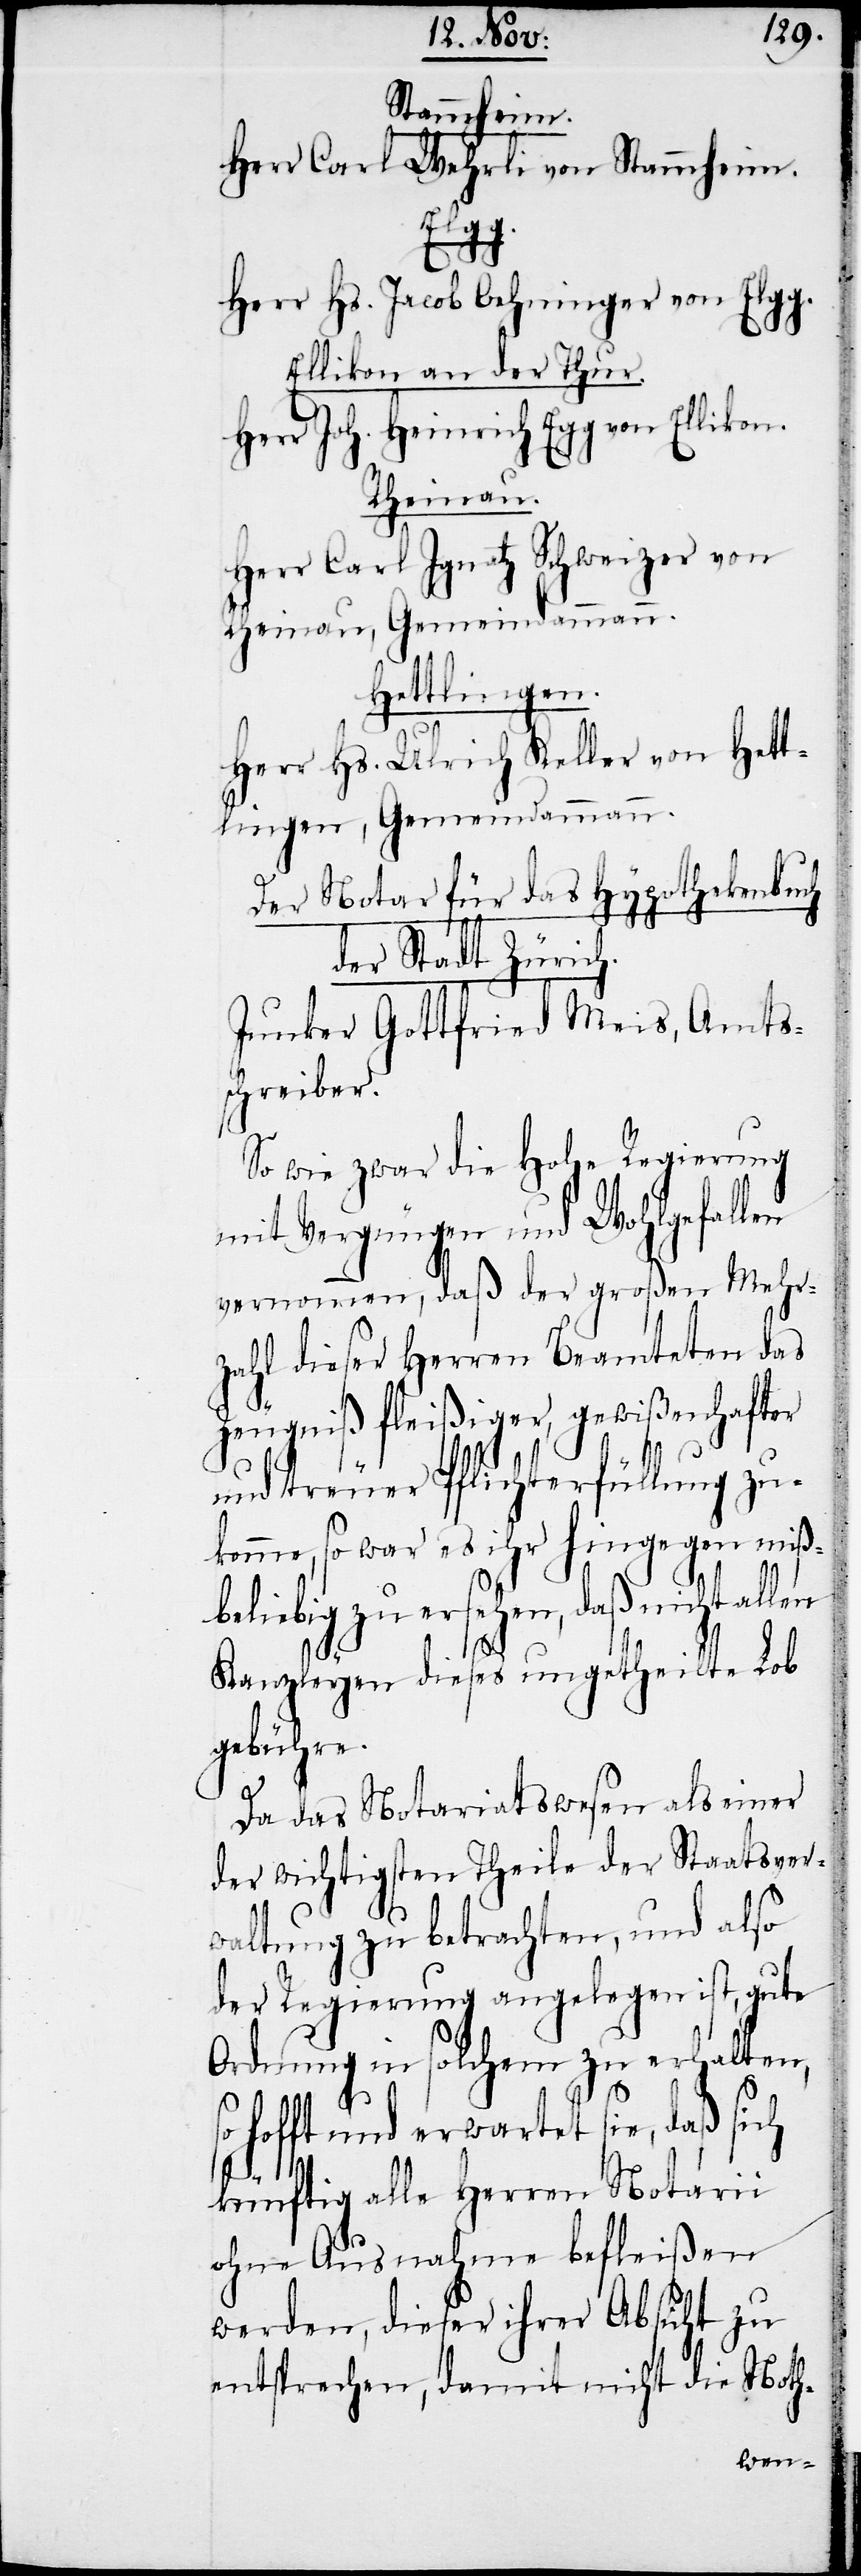
Stammheim.
Herr Carl Wehrli von Stammheim.
Elgg.
Herr Hs. Jacob Oehninger von Elgg.
Ellikon an der Thur.
Herr Joh. Heinrich Egg von Ellikon.
Rheinau.
Herr Carl Ignatz Schweizer von
Rheinau, Gemeindammann.
Hettlingen.
Herr Hs. Ulrich Keller von Hett¬
lingen, Gemeindammann.
Der Notar für das Hypothekenbuch
der Stadt Zürich.
Junker Gottfried Meis, Amts¬
schreiber.
So wie zwar die Hohe Regierung
mit Vergnügen und Wohlgefallen
vernommen, daß der großen Mehr¬
zahl dieser Herren Beamteten das
Zeugniß fleißiger, gewißenhafter
und treuer Pflichterfüllung zu¬
komme, so war es ihr hingegen miß¬
beliebig zu ersehen, daß nicht allen
Kanzleyen dieses ungetheilte Lob
gebühre.
Da das Notariatswesen als einer
der wichtigsten Theile der Staatsver¬
waltung zu betrachten, und also
der Regierung angelegen ist, gute
Ordnung in solchem zu erhalten,
hofft und erwartet sie, daß sich
künftig alle Herren Notarii
ohne Ausnahme befleißen
werden, dieser ihrer Absicht zu
entsprechen, damit nicht die Noth-